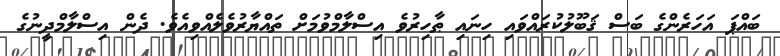
ބައްޕަ އަހަރެންގެ ބަސް ޤަބޫލުކުރައްވައި ހިނައި ޠާހިރުވެ އިސްލާމްވުމަށް ތައްޔާރުވެލެއްވިއެވެ. ދެން އިސްލާމްދީނުގެ